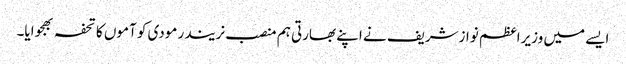
ایسے میں وزیراعظم نوازشریف نے اپنے بھارتی ہم منصب نریندر مودی کو آموں کا تحفہ بھجوایا۔